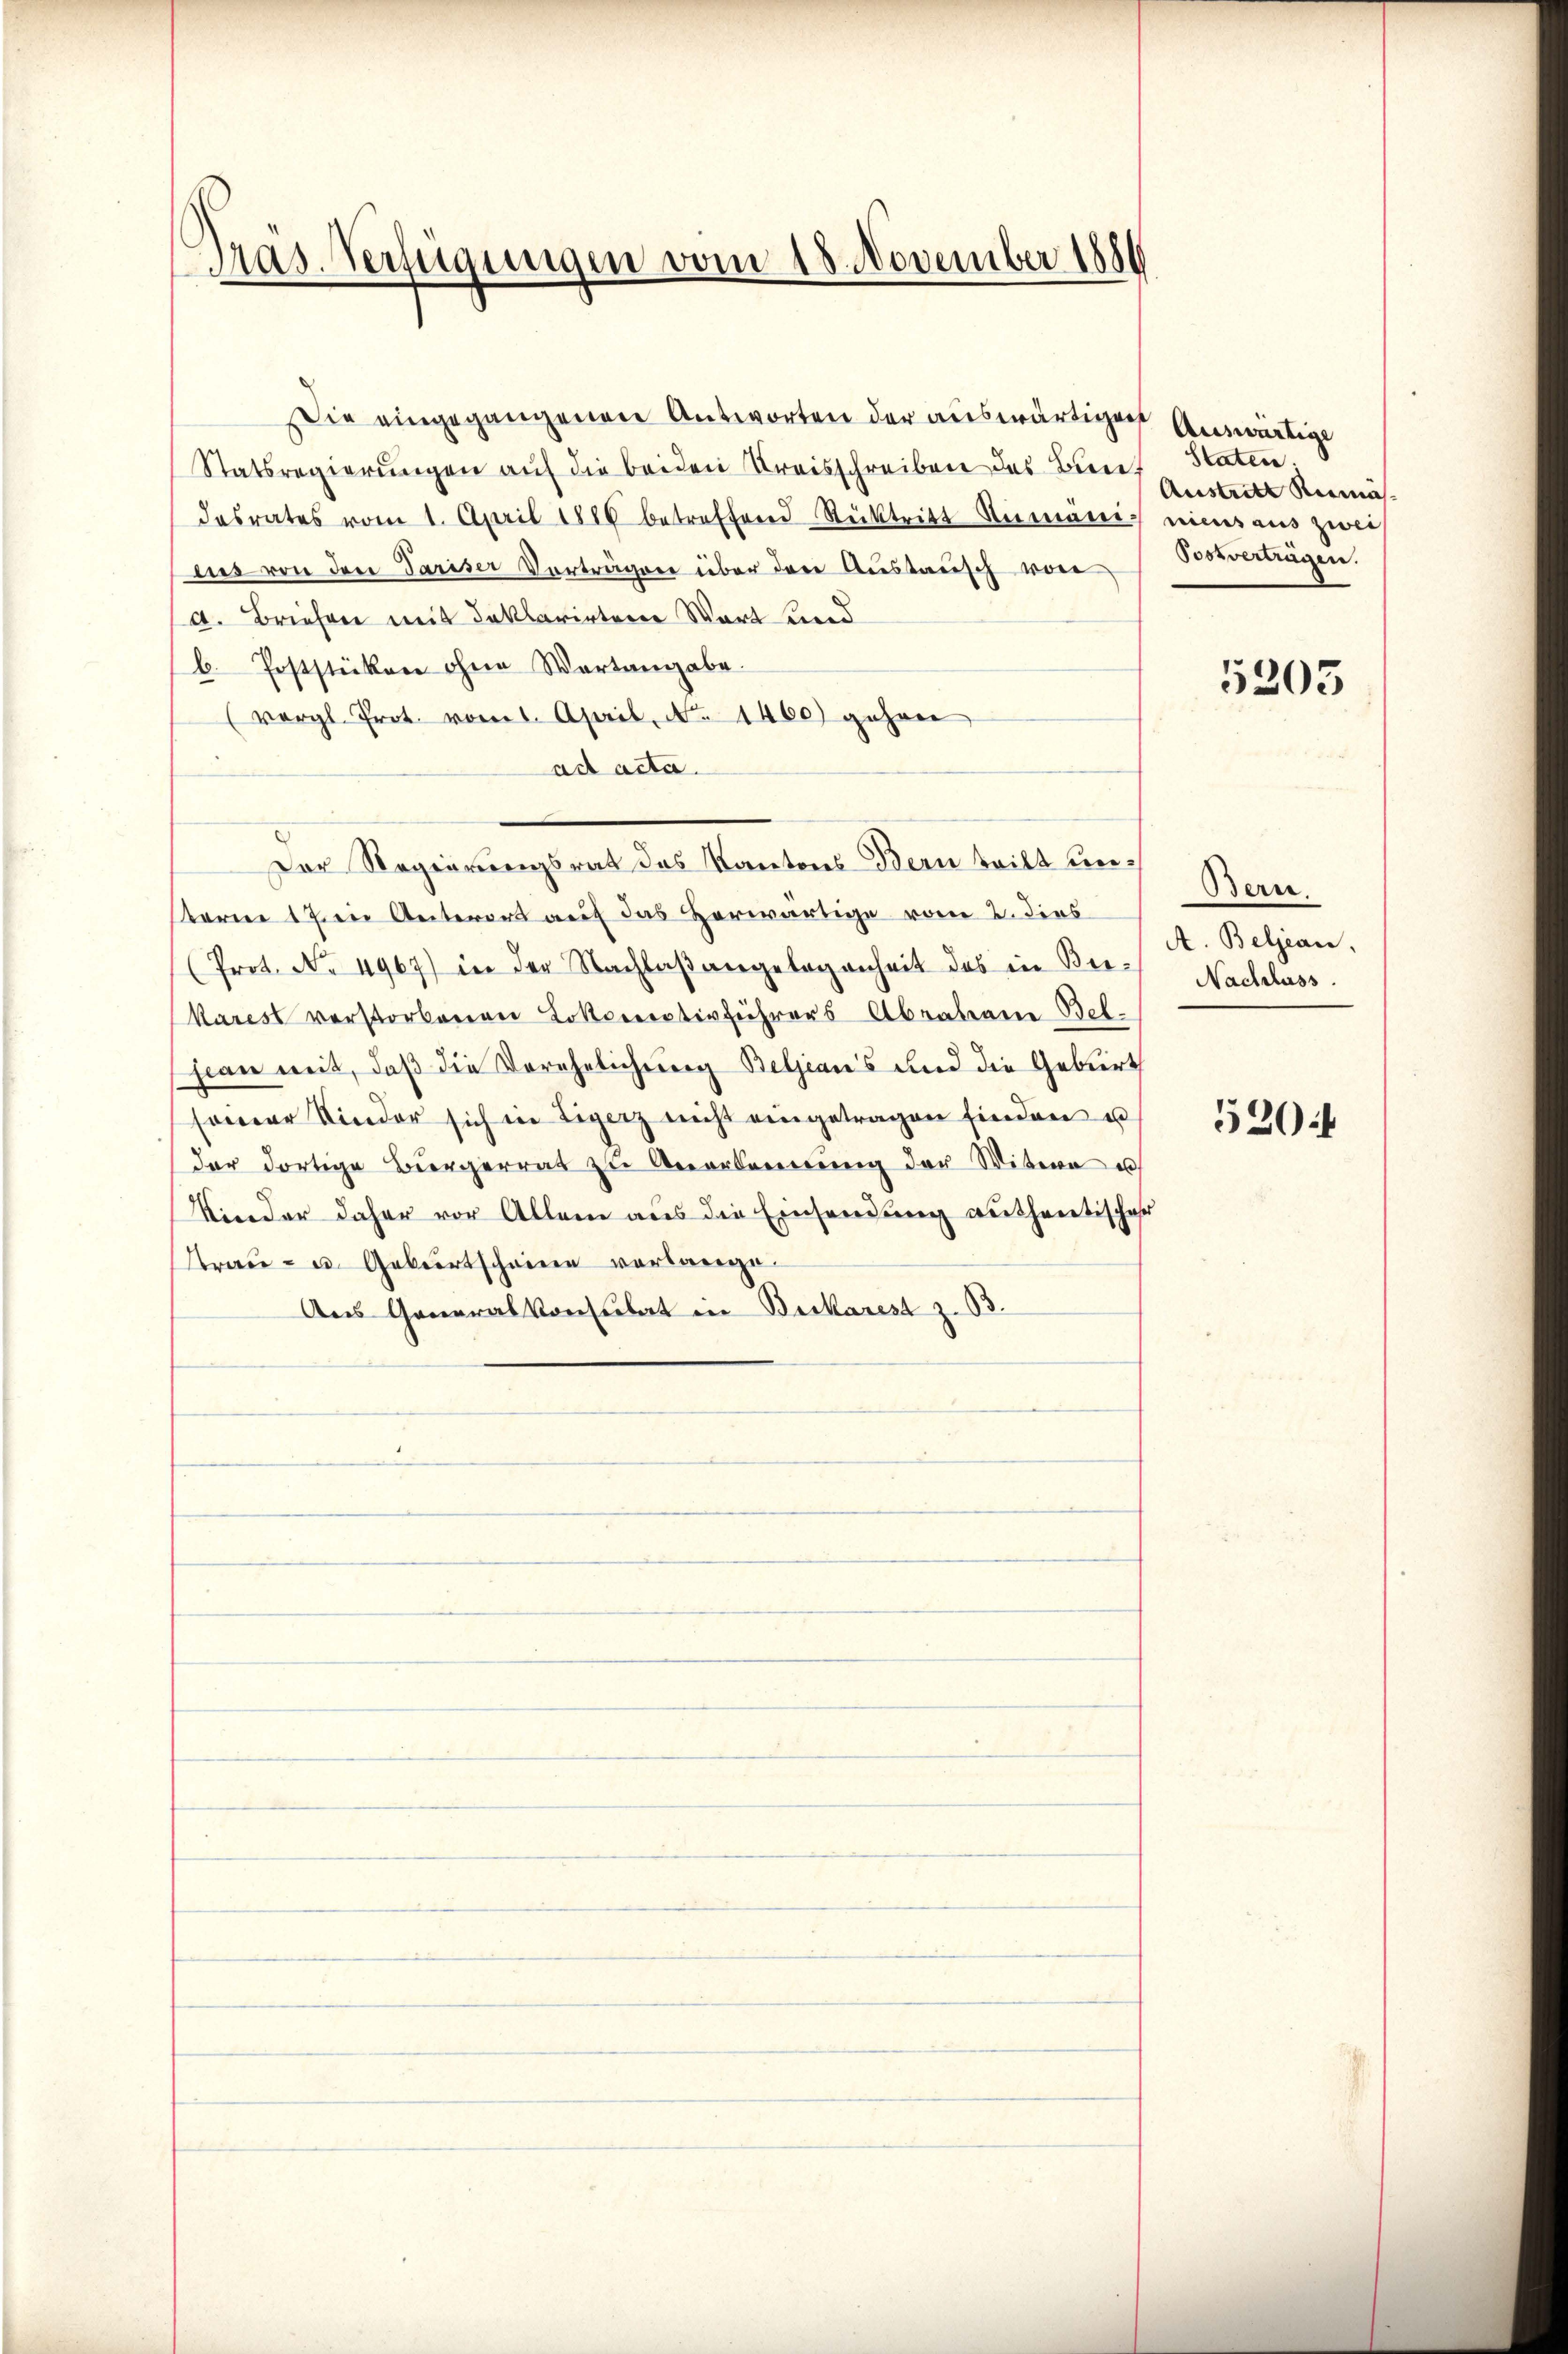
Gras-Verfügungen vom 18. November 1886

ie eingegangenen Antworten der auswärtigen
Statsregierŭngen aŭf die beiden Kreisschreiben des Brief Staten;
desrates vom 1. April 1886 betreffend Rücktritt Rumänig nies aus zwei
nis von den Pariser Verträgen über den Austausch von
d. Briefen mit Inklarirtene Wart und
b. Poststücken ohne Wortangabe.
(vergl. Prot. vom 1. April, No. 1460) gehen
ad acta.
Der Regierungsrat des Kantons Bern teilt unsterm 17 in Unterort auf das Herwärtige vom 2. dies
(Prot. No. 4967) in der Nachlaβ angelegenheit des in Biekarest verstorbenen Lokorrestivführers Abraban-Belfian mit, daß die Verehelichung Beljan's und die Geburt
seiner Kinder sich in Ligerz nicht eingetragen finden u
der dortige Bürgerrat zu Anerkennung der Witwe u
Kinder daher vor Allem aus die Einsendung authentischer
Trau- u. Geburtscheine verlange¬
Aus Generalkonsulat in Bickarest z. B.

Auswärtige
Austritt Riemäs
Postverträgen.

5205

Bern.
A. Beljean,
Nachlass

520 f